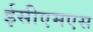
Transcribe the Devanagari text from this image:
ईसीएमएस